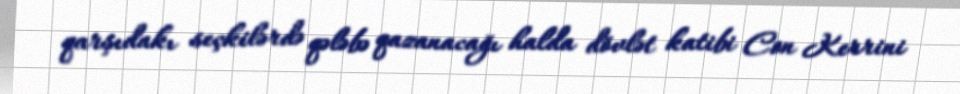
qarşıdakı seçkilərdə qələbə qazanacağı halda dövlət katibi Con Kerrini